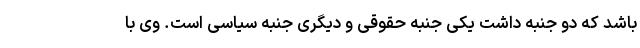
باشد که دو جنبه داشت یکی جنبه حقوقی و دیگری جنبه سیاسی است. وی با